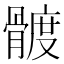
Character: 𩩮